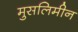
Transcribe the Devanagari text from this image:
मुसलिमीन